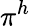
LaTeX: \pi^{h}